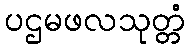
ပဌမဖလသုတ္တံ